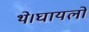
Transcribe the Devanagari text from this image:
थे।घायलों